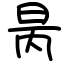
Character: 昺